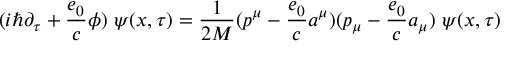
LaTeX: ( i \hbar \partial _ { \tau } + \frac { e _ { 0 } } { c } \phi ) \ \psi ( x , \tau ) = \frac { 1 } { 2 M } ( p ^ { \mu } - \frac { e _ { 0 } } { c } a ^ { \mu } ) ( p _ { \mu } - \frac { e _ { 0 } } { c } a _ { \mu } ) \ \psi ( x , \tau )